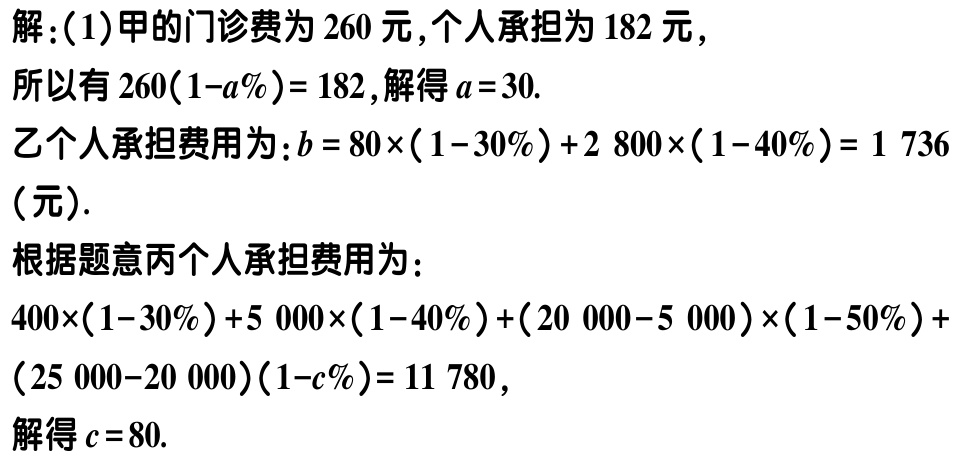
解：(1)甲的门诊费为 \(260\) 元，个人承担为 \(182\) 元，

所以有 \(260(1 - a\%) = 182\)，解得 \(a = 30\).

乙个人承担费用为：\(b = 80\times(1 - 30\%)+2800\times(1 - 40\%) = 1736\)（元）.

根据题意丙个人承担费用为：

\(400\times(1 - 30\%)+5000\times(1 - 40\%)+(20000 - 5000)\times(1 - 50\%)+(25000 - 20000)(1 - c\%) = 11780\)，

解得 \(c = 80\).